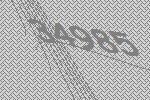
34985